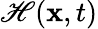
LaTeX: \mathscr{H}(\mathbf{{x}},t)